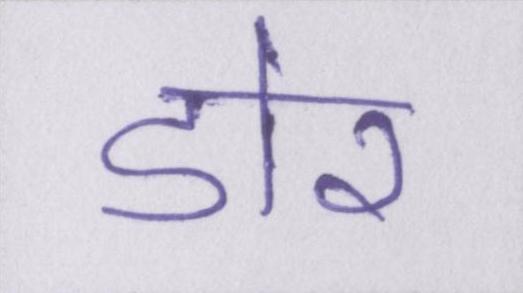
डोर